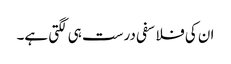
ان کی فلاسفی درست ہی لگتی ہے۔